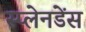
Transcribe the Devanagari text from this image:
स्प्लेनडेंस